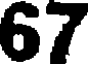
67